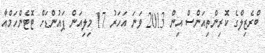
ބްރެޒިލްގެ ކޮރިންތިއަންސް އިން 2013 ވަނަ އަހަރު 17 މިލިއަން ޕައުންޑަށް ޓޮޓެންހަމްއާ